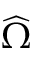
\widehat \Omega